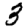
Digit: 3